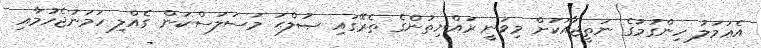
އެޢަމަލު ހިންގުމުގެ ނަތީޖާއަކަށް މިވަނީ ރައްޔިތުންގެ ތެރޭގައި ޞުލްޙަ މަސަލަސްކަން ގެއްލި ހަމަނުޖެހުމާއި